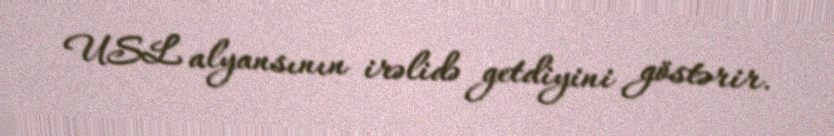
USL alyansının irəlidə getdiyini göstərir.